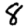
Digit: 8